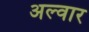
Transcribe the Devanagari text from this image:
अल्‍वार